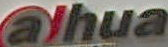
alhua